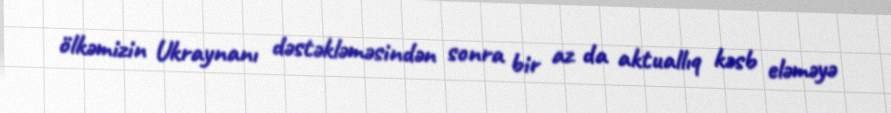
ölkəmizin Ukraynanı dəstəkləməsindən sonra bir az da aktuallıq kəsb eləməyə